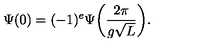
\Psi ( 0 ) = ( - 1 ) ^ { e } \Psi \bigg ( \frac { 2 \pi } { g \sqrt L } \bigg ) .